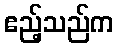
ဧည့်သည်က